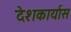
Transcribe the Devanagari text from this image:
देशकार्यास